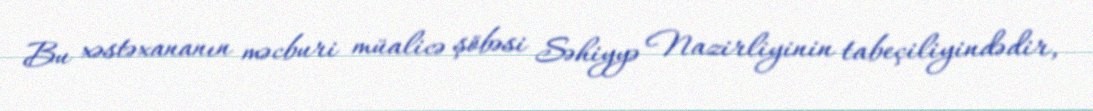
Bu xəstəxananın məcburi müalicə şöbəsi Səhiyyə Nazirliyinin tabeçiliyindədir,